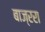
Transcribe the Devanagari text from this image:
बाज्ररा